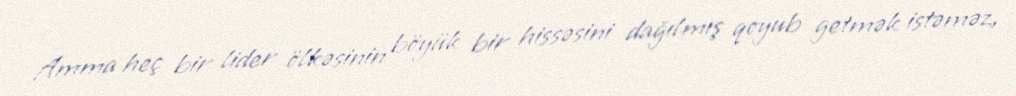
Amma heç bir lider ölkəsinin böyük bir hissəsini dağılmış qoyub getmək istəməz,